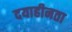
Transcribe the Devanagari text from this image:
दयाहीनता